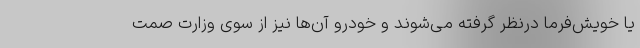
یا خویش‌فرما درنظر گرفته می‌شوند و خودرو آن‌ها نیز از سوی وزارت صمت